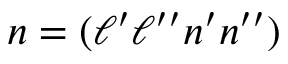
n = ( \ell ^ { \prime } \ell ^ { \prime \prime } n ^ { \prime } n ^ { \prime \prime } )